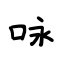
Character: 咏